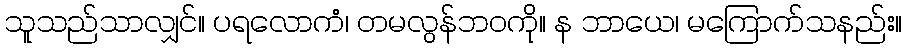
သူသည်သာလျှင်။ ပရလောကံ၊ တမလွန်ဘဝကို။ န ဘာယေ၊ မကြောက်သနည်း။